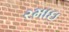
રમાઇ